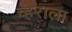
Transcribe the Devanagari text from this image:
व्हेराला